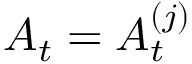
A _ { t } = A _ { t } ^ { ( j ) }